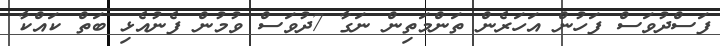
ފަސްދުވަސް ފަހުން އަހަރެން ތަންމަތިން ނަގާ 7ދުވަސް ވުމުން ފެނުއެޅި ބަތް ކައްކާ